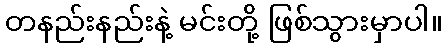
တနည်းနည်းနဲ့ မင်းတို့ ဖြစ်သွားမှာပါ။